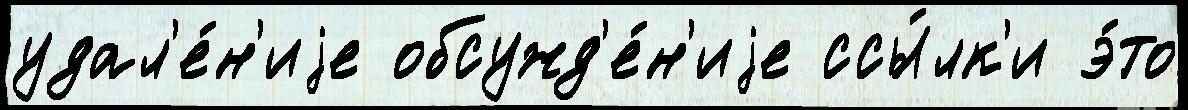
удал'е́н'иjе обсужд'е́н'иjе ссы́лк'и э́то